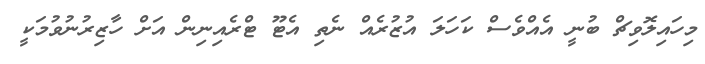
މިހައިލޮވިޗް ބުނީ އެއްވެސް ކަހަލަ އުުޒުރެއް ނެތި އެޓޫ ޓްރެއިނިން އަށް ހާޒިރުނުވުމަކީ